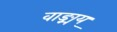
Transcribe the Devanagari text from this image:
वाङ्मय्